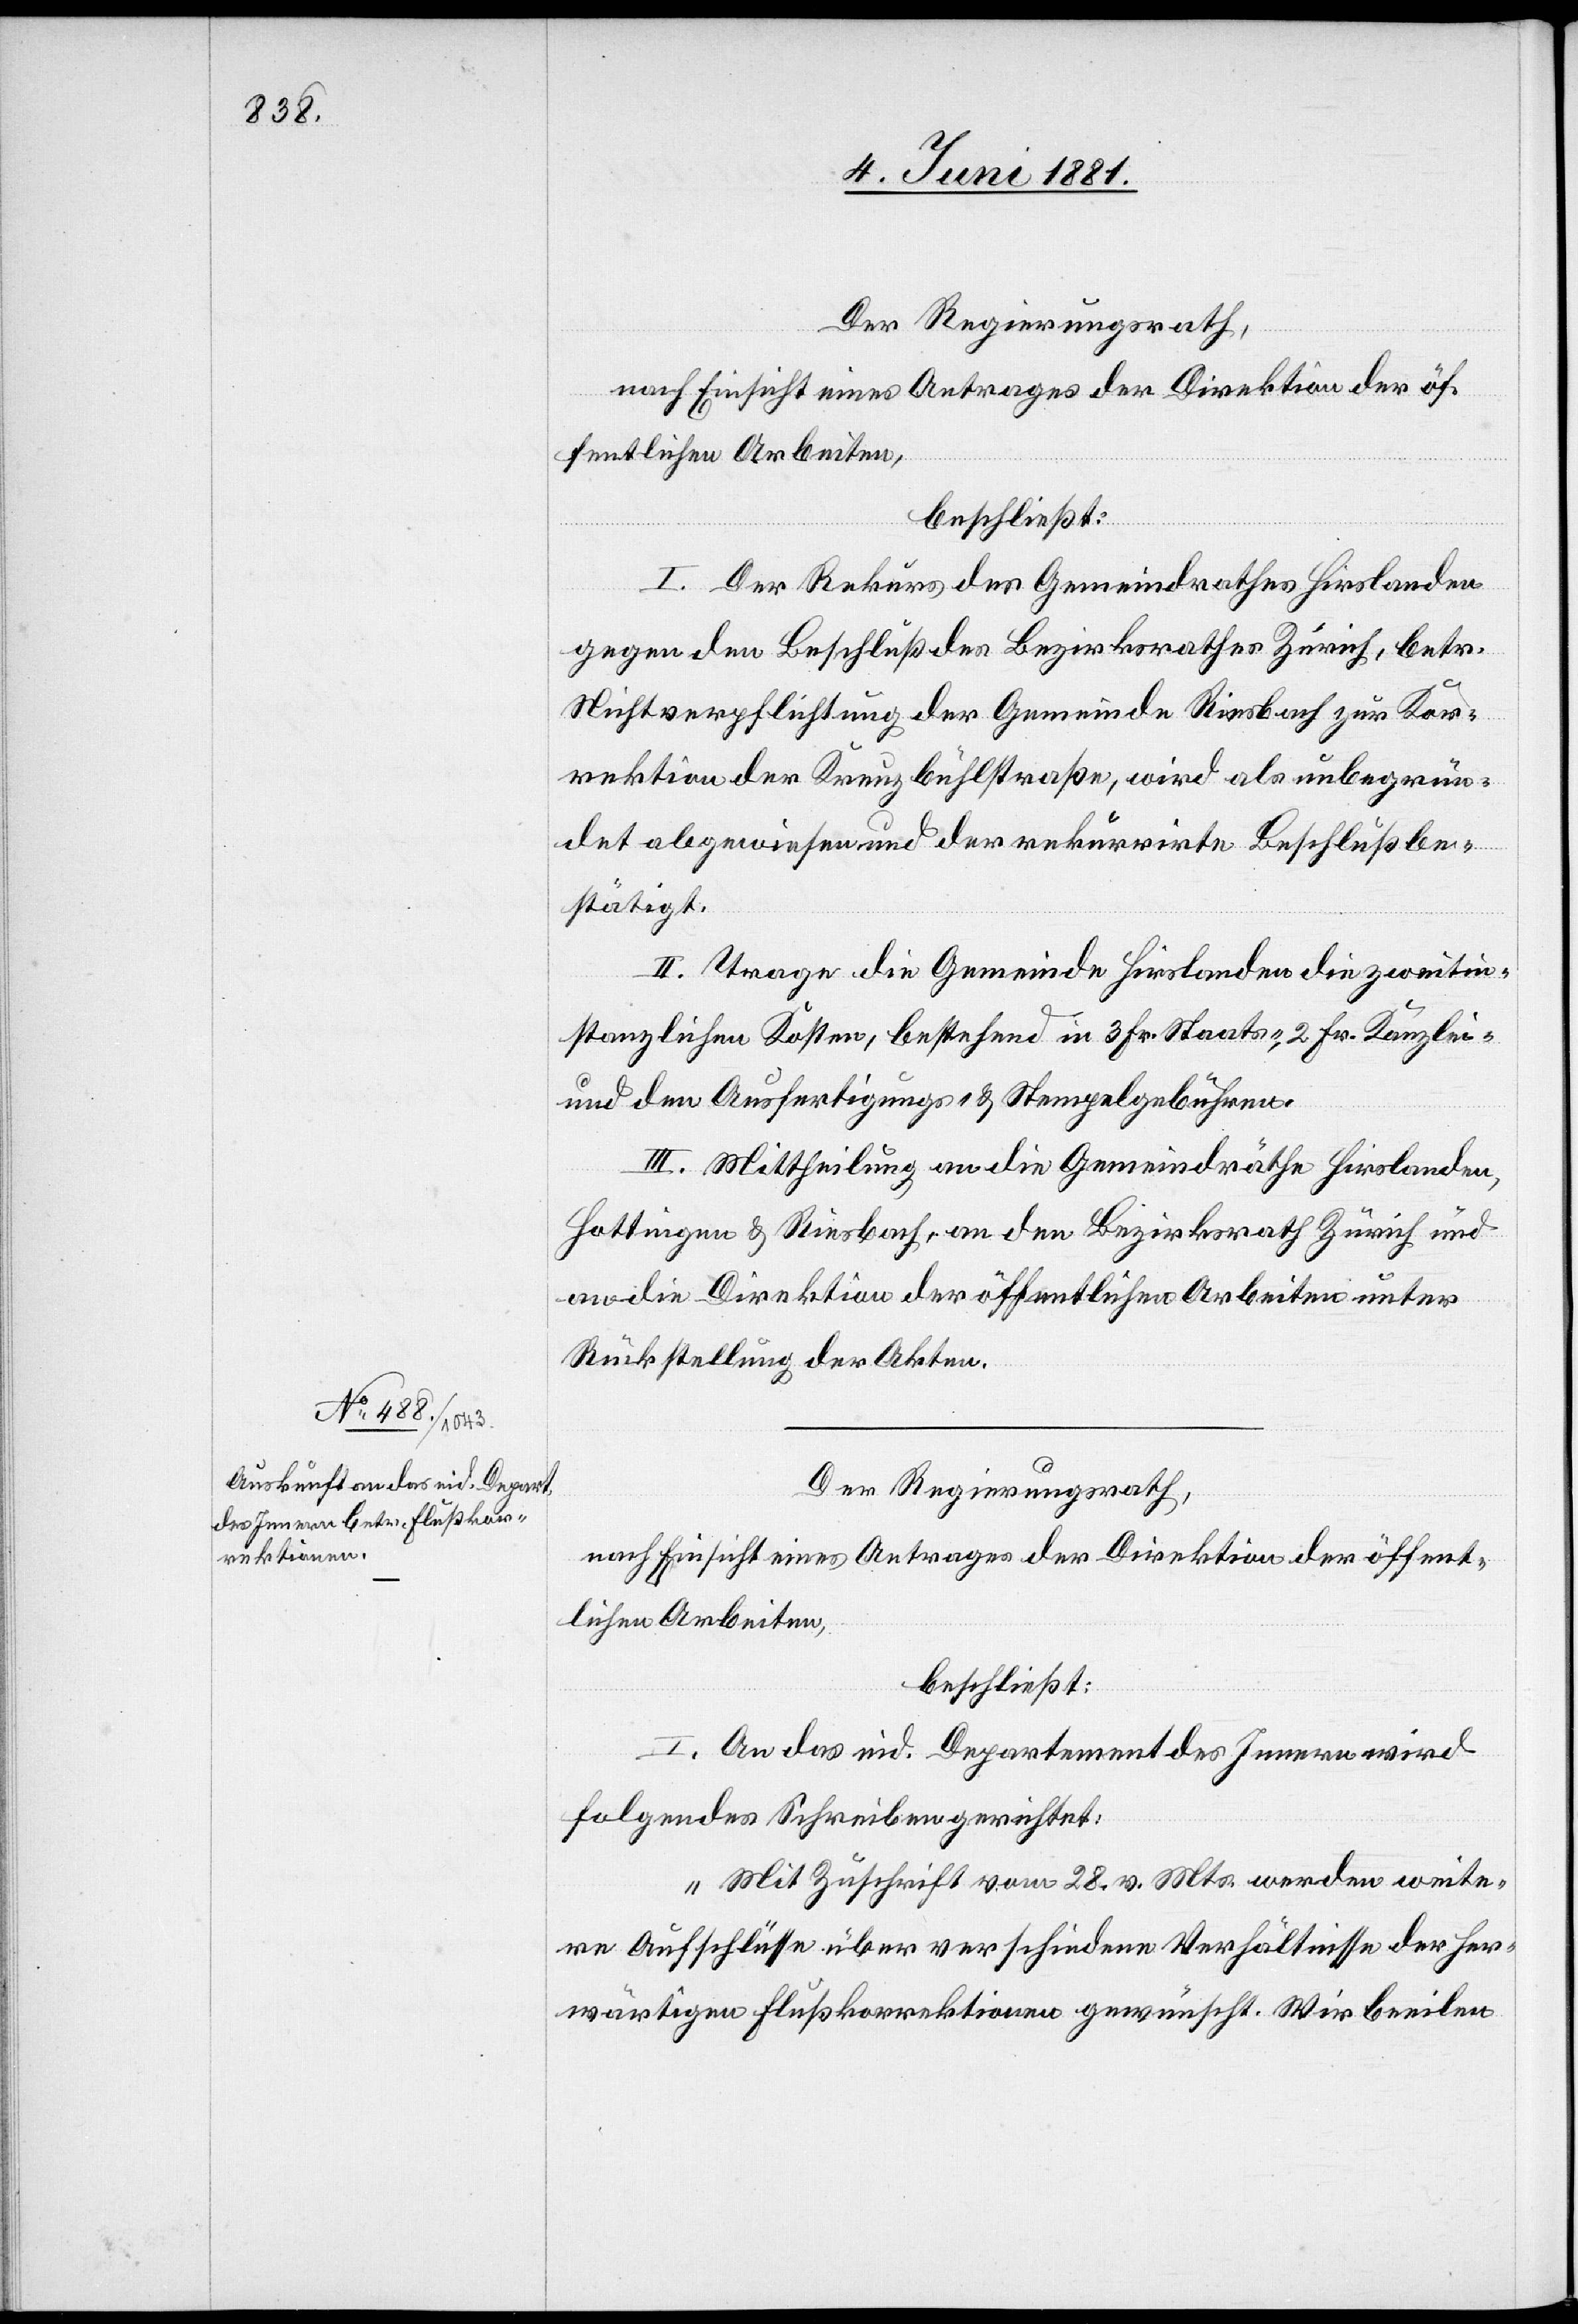
I. Der Rekurs des Gemeindrathes Hirslanden
gegen den Beschluß des Bezirksrathes Zürich, betr.
Nichtverpflichtung der Gemeinde Riesbach zur Kor¬
rektion der Kreuzbühlstraße, wird als unbegrün¬
det abgewiesen und der rekurrirte Beschluß be¬
stätigt.
II. Trage die Gemeinde Hirslanden die zweitin¬
stanzlichen Kosten, bestehend in 3 Fr. Staats-, 2 Fr. Kanzlei-
und den Ausfertigungs- & Stempelgebühren.
III. Mittheilung an den Gemeindrathe Hirslanden,
Hottingen & Riesbach, an den Bezirksrath Zürich und
an die Direktion der öffentlichen Arbeiten unter
Rückstellung der Akten.
Der Regierungsrath,
nach Einsicht eines Antrages der Direktion der öffent¬
lichen Arbeiten,
beschließt:
I. An das eid. Departement des Innern wird
folgendes Schreiben gerichtet:
„Mit Zuschrift vom 28. v. Mts. werden weite¬
re Aufschlüsse über verschiedene Verhältnisse der her¬
wärtigen Flußkorrektionen gewünscht. Wir beeilen